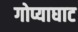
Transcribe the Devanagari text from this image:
गोप्याघाट